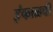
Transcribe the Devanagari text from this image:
इंफाळची